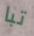
تبا